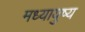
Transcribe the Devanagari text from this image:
मध्यायुष्य